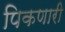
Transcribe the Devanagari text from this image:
पिकणारी